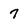
Character: 7